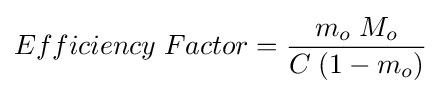
Efficiency\;Factor={\frac {m_{o}\;M_{o}}{C\;(1-m_{o})}}